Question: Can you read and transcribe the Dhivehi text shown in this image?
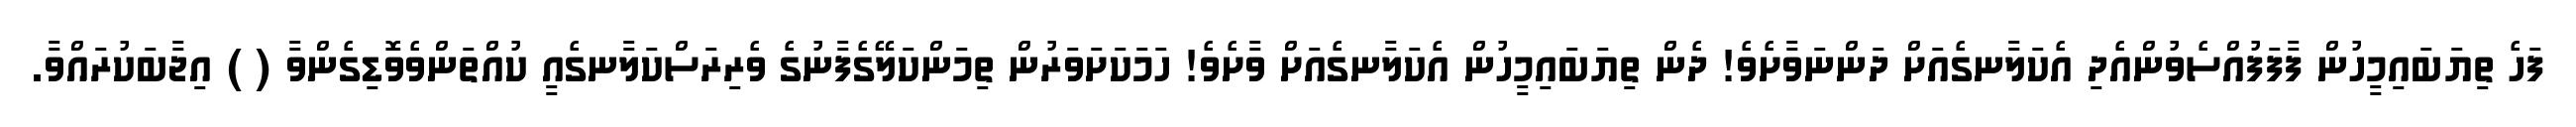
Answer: ފަހެ ތިޔަބައިމީހުން ފާފަފުއްސެވުންއެދި އެކަލާނގެއަށް ދަންނަވާށެވެ! ދެން ތިޔަބައިމީހުން އެކަލާނގެއަށް ވާށެވެ! ހަމަކަށަވަރުން ތިމަންކަލޭގެފާނުގެ ވެރިރަސްކަލާނގެއީ ކުއްތަންވެވޮޑިގެންވާ ( ) އިޖާބަކުރައްވާ.